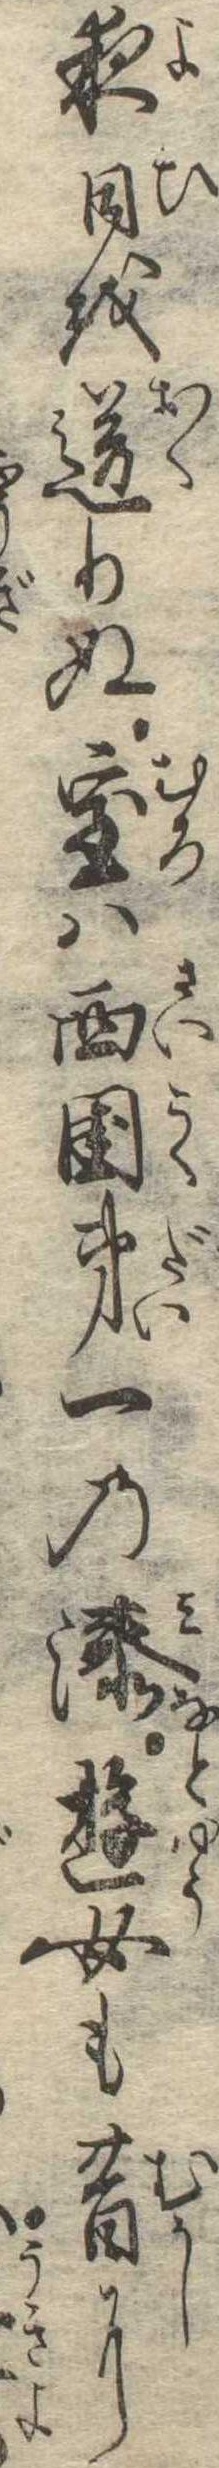
夜日を送りぬ室は西国第一の湊遊女も昔に